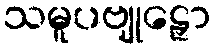
သမူပဗျုဠှော